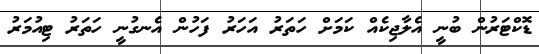
ޑޮކްޓަރުން ބުނީ އެލާޖިކެއް ކަމަށް ހަތަރު އަހަރު ފަހުން އެނގުނީ ހަތަރު ޓިއުމަރު